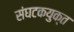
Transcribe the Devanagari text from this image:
संघटकयुक्त